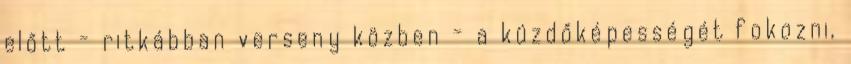
előtt - ritkábban verseny közben - a küzdőképességét fokozni,